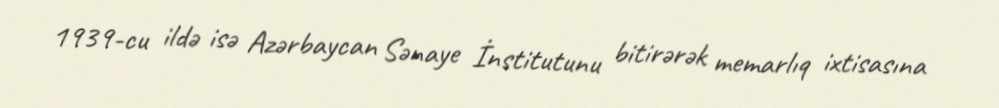
1939-cu ildə isə Azərbaycan Sənaye İnstitutunu bitirərək memarlıq ixtisasına